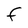
Character: F